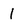
Character: 1